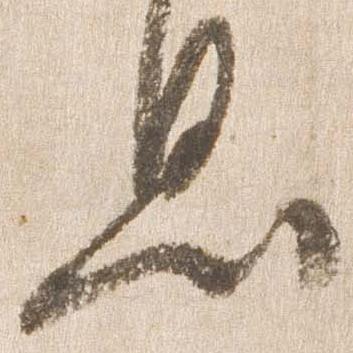
息